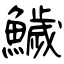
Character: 鱥